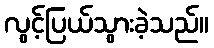
လွင့်ပြယ်သွားခဲ့သည်။